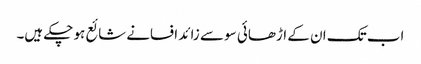
اب تک ان کے اڑھائی سو سے زائد افسانے شائع ہو چکے ہیں۔